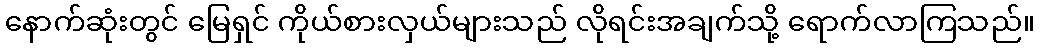
နောက်ဆုံးတွင် မြေရှင် ကိုယ်စားလှယ်များသည် လိုရင်းအချက်သို့ ရောက်လာကြသည်။